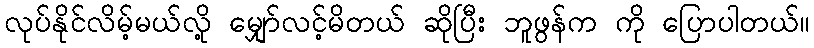
လုပ်နိုင်လိမ့်မယ်လို့ မျှော်လင့်မိတယ် ဆိုပြီး ဘူဖွန်က ကို ပြောပါတယ်။